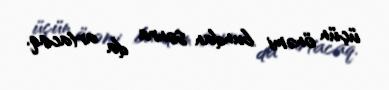
üçün önəmi bundan sonra da artacaq.